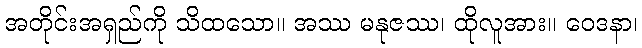
အတိုင်းအရှည်ကို သိထသော။ အဿ မနုဇဿ၊ ထိုလူအား။ ဝေဒနာ၊